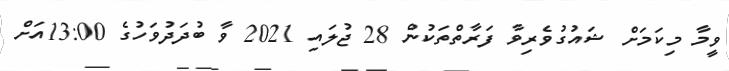
ވީމާ މިކަމަށް ޝައުގުވެރިވާ ފަރާތްތަކުން 28 ޖުލައި 2021 ވާ ބުދަދުވަހުގެ 13:00އަށް